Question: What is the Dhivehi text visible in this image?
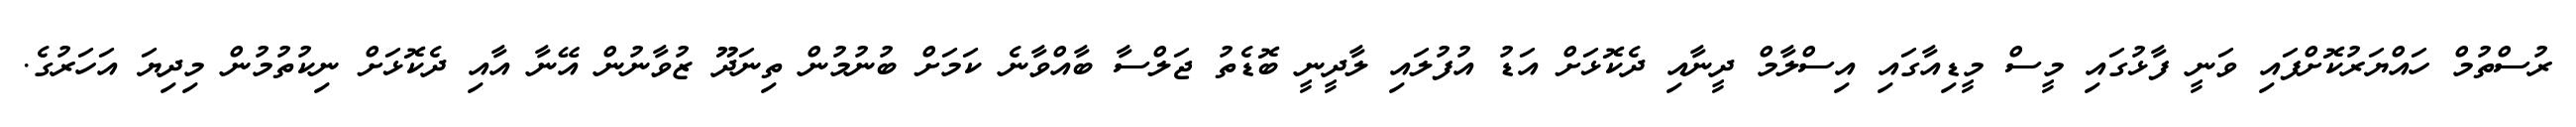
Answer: ރުސްތުމް ހައްޔަރުކޮށްފައި ވަނީ ފާޅުގައި މީސް މީޑިއާގައި އިސްލާމް ދީނާއި ދެކޮޅަށް އަޑު އުފުލައި ލާދީނީ ބޮޑެތު ޖަލްސާ ބާއްވާނެ ކަމަށް ބުނުމުން ތިނަދޫ ޒުވާނުން އޭނާ އާއި ދެކޮޅަށް ނިކުތުމުން މިދިޔަ އަހަރުގެ.